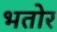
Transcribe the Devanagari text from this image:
भतोर